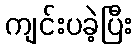
ကျင်းပခဲ့ပြီး